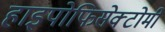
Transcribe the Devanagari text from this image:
हाइपोफिसेक्टोमी